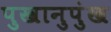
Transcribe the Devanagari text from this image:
पुखानुपुंख